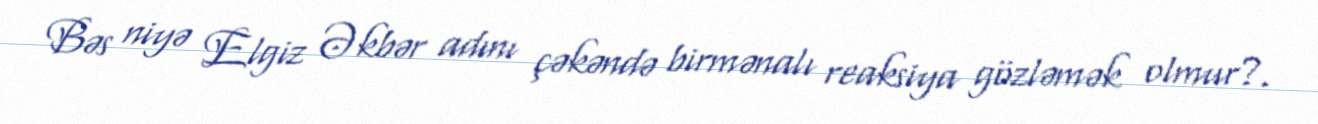
Bəs niyə Elgiz Əkbər adını çəkəndə birmənalı reaksiya gözləmək olmur?.